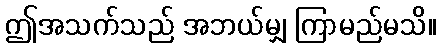
ဤအသက်သည် အဘယ်မျှ ကြာမည်မသိ။